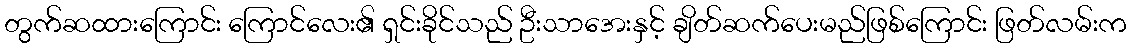
တွက်ဆထားကြောင်း ကြောင်လေး၏ ရှင်းခိုင်သည် ဦးသာအေးနှင့် ချိတ်ဆက်ပေးမည်ဖြစ်ကြောင်း ဖြတ်လမ်းက